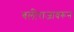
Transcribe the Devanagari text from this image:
बलीराजावरून